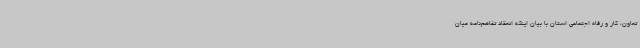
تعاون، کار و رفاه اجتماعی استان با بیان اینکه انعقاد تفاهم‌نامه میان